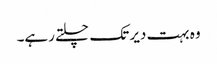
وہ بہت دیر تک چلتے رہے۔